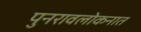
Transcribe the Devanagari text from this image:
पुनरावलोकनात